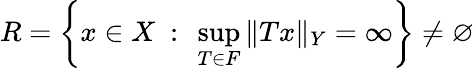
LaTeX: R=\left\{ x\in X\ :\ \sup_{T\in F}\| Tx\| _{Y}=\infty\right\} \neq\varnothing